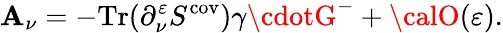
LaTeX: {\cal\mathbf{A}}_{\nu}=-\mathrm{{Tr}}(\partial_{\nu}^{\varepsilon}S^{\mathrm{{cov}}})\gamma\cdotG^{-}+{\calO}(\varepsilon).